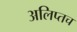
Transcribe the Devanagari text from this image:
अलिप्तच